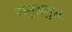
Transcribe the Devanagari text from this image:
समुद्रगुप्तः